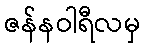
ဇန်နဝါရီလမှ